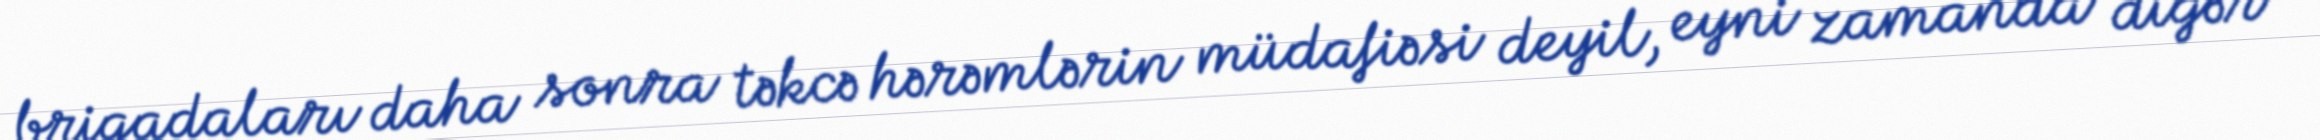
briqadaları daha sonra təkcə hərəmlərin müdafiəsi deyil, eyni zamanda digər